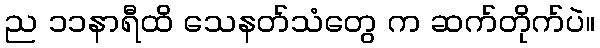
ည ၁၁နာရီထိ သေနတ်သံတွေ က ဆက်တိုက်ပဲ။